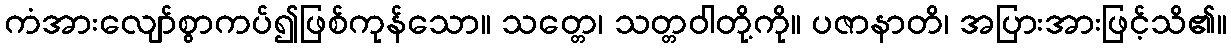
ကံအားလျော်စွာကပ်၍ဖြစ်ကုန်သော။ သတ္တေ၊ သတ္တဝါတို့ကို။ ပဇာနာတိ၊ အပြားအားဖြင့်သိ၏။